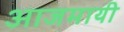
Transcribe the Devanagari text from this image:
आजमायी